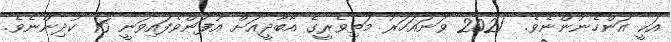
އަކީ އަންހެނުންނެވެ.  2021 ވަނައަހަރު މަތިވެރީގެ އާބާދީއަށް އުފަންވެފައިވަނީ 16 ކުދިންނެވެ.